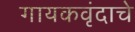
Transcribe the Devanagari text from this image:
गायकवृंदाचे